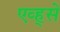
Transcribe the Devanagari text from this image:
एव्ह्से